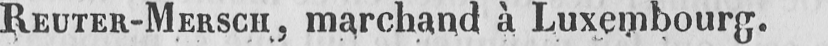
REUTER-MERSCH, marchand à Luxembourg.